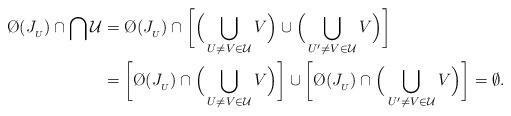
LaTeX: \begin{align*}\O(J_{_U}) \cap \bigcap \mathcal{U} & = \O(J_{_U}) \cap \bigg[ \Big( \bigcup_{U \neq V \in \mathcal{U}} V \Big) \cup \Big( \bigcup_{U' \neq V \in \mathcal{U}} V \Big) \bigg] \\& = \bigg[ \O(J_{_U}) \cap \Big( \bigcup_{U \neq V \in \mathcal{U}} V \Big) \bigg] \cup \bigg[ \O(J_{_U}) \cap \Big( \bigcup_{U' \neq V \in \mathcal{U}} V \Big) \bigg] = \emptyset.\end{align*}